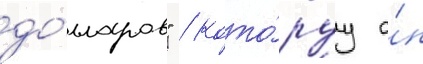
до́лларов" / кото́руу о́н